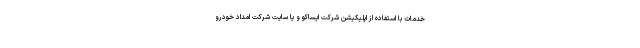
خدمات با استفاده از اپلیکیشن شرکت ایساکو و یا سایت شرکت امداد خودرو